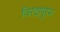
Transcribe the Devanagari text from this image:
विरदापुरम